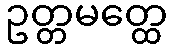
ဥတ္တမတ္ထေ